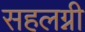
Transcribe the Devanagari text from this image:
सहलग्नी